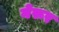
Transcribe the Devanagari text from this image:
नेरूर